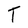
Character: T